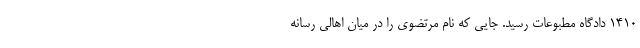
۱۴۱۰ دادگاه مطبوعات رسید. جایی که نام مرتضوی را در میان اهالی رسانه